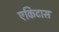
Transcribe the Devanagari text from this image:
एकिटास